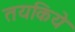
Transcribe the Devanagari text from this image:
तयकिये